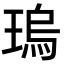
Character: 瑦